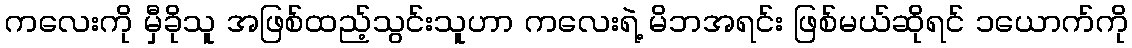
ကလေးကို မှီခိုသူ အဖြစ်ထည့်သွင်းသူဟာ ကလေးရဲ့ မိဘအရင်း ဖြစ်မယ်ဆိုရင် ၁ယောက်ကို